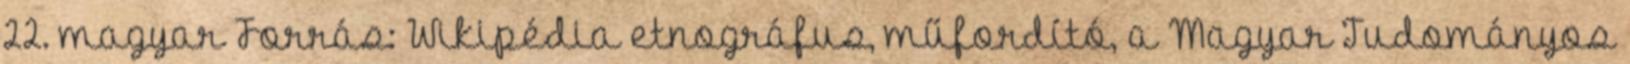
22. magyar Forrás: Wikipédia etnográfus, műfordító, a Magyar Tudományos